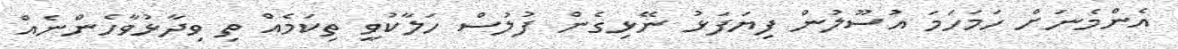
އެންމެނަށް ހަމަހަމަ އުސޫލުން ފިޔަފަޅު ނޭޅިގެން ފުލުސް ހަލާކުވީ ތިކަމެއް ތި ވިދާޅުވާހެންނެއް